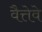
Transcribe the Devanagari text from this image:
वैत्तेवे